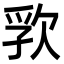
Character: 𬅦